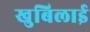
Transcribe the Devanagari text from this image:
खुबिलाई